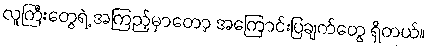
လူကြီးတွေရဲ့ အကြည့်မှာတော့ အကြောင်းပြချက်တွေ ရှိတယ်။